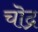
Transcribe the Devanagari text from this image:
चॊद्र